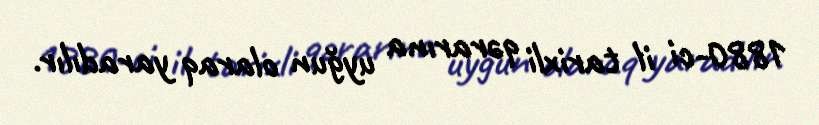
1880-ci il tarixli qərarına uyğun olaraq yaradılır.